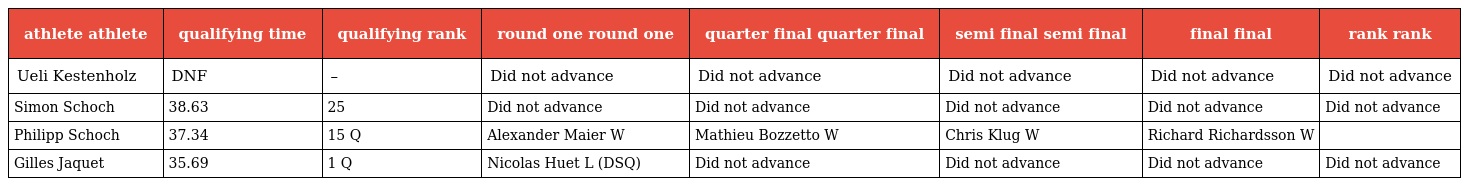
| athlete athlete | qualifying time | qualifying rank | round one round one | quarter final quarter final | semi final semi final | final final | rank rank |
 | --- | --- | --- | --- | --- | --- | --- | --- |
 | Ueli Kestenholz | DNF | – | Did not advance | Did not advance | Did not advance | Did not advance | Did not advance |
 | Simon Schoch | 38.63 | 25 | Did not advance | Did not advance | Did not advance | Did not advance | Did not advance |
 | Philipp Schoch | 37.34 | 15 Q | Alexander Maier W | Mathieu Bozzetto W | Chris Klug W | Richard Richardsson W |  |
 | Gilles Jaquet | 35.69 | 1 Q | Nicolas Huet L (DSQ) | Did not advance | Did not advance | Did not advance | Did not advance |